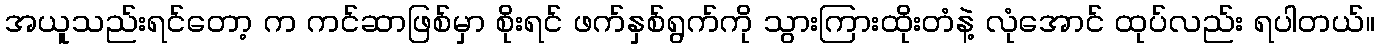
အယူသည်းရင်တော့ က ကင်ဆာဖြစ်မှာ စိုးရင် ဖက်နှစ်ရွက်ကို သွားကြားထိုးတံနဲ့ လုံအောင် ထုပ်လည်း ရပါတယ်။